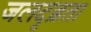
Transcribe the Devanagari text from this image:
जलदृढ़ता